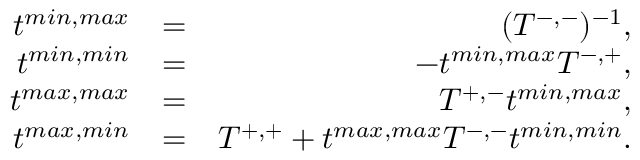
\begin{array} { r l r } { t ^ { m i n , m a x } } & { = } & { ( T ^ { - , - } ) ^ { - 1 } , } \\ { t ^ { m i n , m i n } } & { = } & { - t ^ { m i n , m a x } T ^ { - , + } , } \\ { t ^ { m a x , m a x } } & { = } & { T ^ { + , - } t ^ { m i n , m a x } , } \\ { t ^ { m a x , m i n } } & { = } & { T ^ { + , + } + t ^ { m a x , m a x } T ^ { - , - } t ^ { m i n , m i n } . } \end{array}